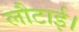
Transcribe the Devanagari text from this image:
लौटाई।